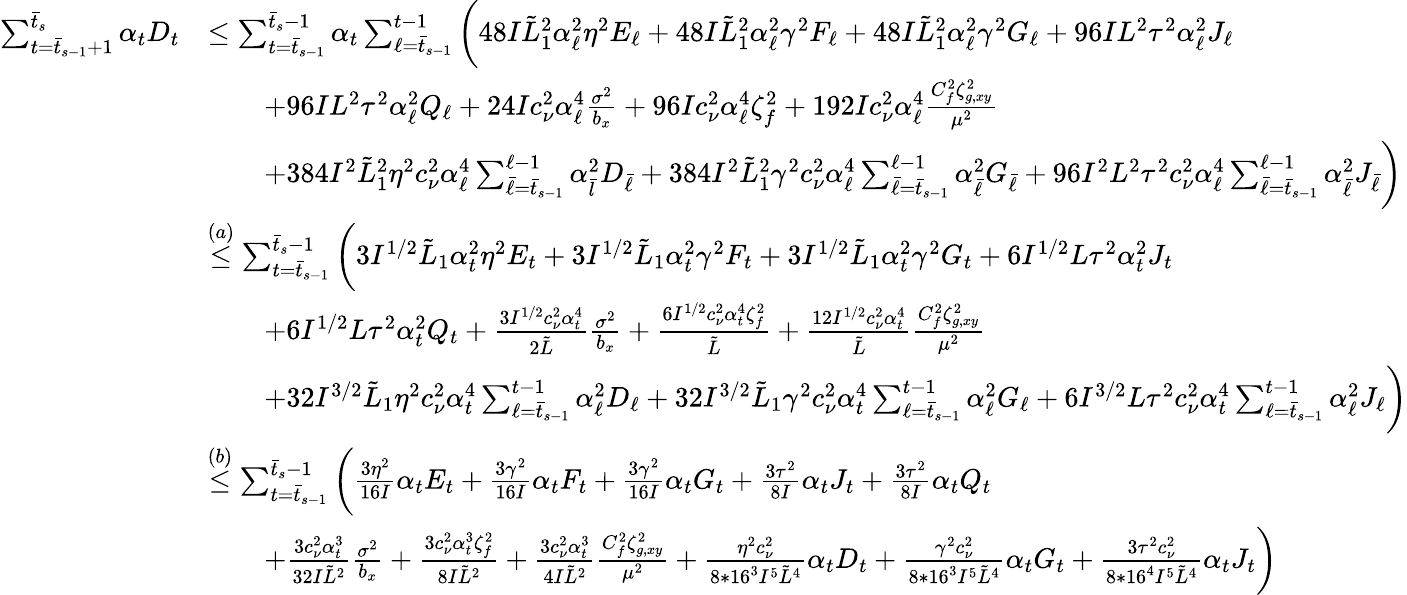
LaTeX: \begin{array}{rl}{\sum_{t=\bar{t}_{s-1}+1}^{\bar{t}_{s}}\alpha_{t}D_{t}}&{\leq\sum_{t=\bar{t}_{s-1}}^{\bar{t}_{s}-1}\alpha_{t}\sum_{\ell=\bar{t}_{s-1}}^{t-1}\bigg(48I\tilde{L}_{1}^{2}\alpha_{\ell}^{2}\eta^{2}E_{\ell}+48I\tilde{L}_{1}^{2}\alpha_{\ell}^{2}\gamma^{2}F_{\ell}+48I\tilde{L}_{1}^{2}\alpha_{\ell}^{2}\gamma^{2}G_{\ell}+96IL^{2}\tau^{2}\alpha_{\ell}^{2}J_{\ell}}\\ &{\qquad+96IL^{2}\tau^{2}\alpha_{\ell}^{2}Q_{\ell}+24Ic_{\nu}^{2}\alpha_{\ell}^{4}\frac{\sigma^{2}}{b_{x}}+96Ic_{\nu}^{2}\alpha_{\ell}^{4}\zeta_{f}^{2}+192Ic_{\nu}^{2}\alpha_{\ell}^{4}\frac{C_{f}^{2}\zeta_{g,xy}^{2}}{\mu^{2}}}\\ &{\qquad+384I^{2}\tilde{L}_{1}^{2}\eta^{2}c_{\nu}^{2}\alpha_{\ell}^{4}\sum_{\bar{\ell}=\bar{t}_{s-1}}^{\ell-1}\alpha_{\bar{l}}^{2}D_{\bar{\ell}}+384I^{2}\tilde{L}_{1}^{2}\gamma^{2}c_{\nu}^{2}\alpha_{\ell}^{4}\sum_{\bar{\ell}=\bar{t}_{s-1}}^{\ell-1}\alpha_{\bar{\ell}}^{2}G_{\bar{\ell}}+96I^{2}L^{2}\tau^{2}c_{\nu}^{2}\alpha_{\ell}^{4}\sum_{\bar{\ell}=\bar{t}_{s-1}}^{\ell-1}\alpha_{\bar{\ell}}^{2}J_{\bar{\ell}}\bigg)}\\ &{\overset{(a)}{\leq}\sum_{t=\bar{t}_{s-1}}^{\bar{t}_{s}-1}\bigg(3I^{1/2}\tilde{L}_{1}\alpha_{t}^{2}\eta^{2}E_{t}+3I^{1/2}\tilde{L}_{1}\alpha_{t}^{2}\gamma^{2}F_{t}+3I^{1/2}\tilde{L}_{1}\alpha_{t}^{2}\gamma^{2}G_{t}+6I^{1/2}L\tau^{2}\alpha_{t}^{2}J_{t}}\\ &{\qquad+6I^{1/2}L\tau^{2}\alpha_{t}^{2}Q_{t}+\frac{3I^{1/2}c_{\nu}^{2}\alpha_{t}^{4}}{2\tilde{L}}\frac{\sigma^{2}}{b_{x}}+\frac{6I^{1/2}c_{\nu}^{2}\alpha_{t}^{4}\zeta_{f}^{2}}{\tilde{L}}+\frac{12I^{1/2}c_{\nu}^{2}\alpha_{t}^{4}}{\tilde{L}}\frac{C_{f}^{2}\zeta_{g,xy}^{2}}{\mu^{2}}}\\ &{\qquad+32I^{3/2}\tilde{L}_{1}\eta^{2}c_{\nu}^{2}\alpha_{t}^{4}\sum_{\ell=\bar{t}_{s-1}}^{t-1}\alpha_{\ell}^{2}D_{\ell}+32I^{3/2}\tilde{L}_{1}\gamma^{2}c_{\nu}^{2}\alpha_{t}^{4}\sum_{\ell=\bar{t}_{s-1}}^{t-1}\alpha_{\ell}^{2}G_{\ell}+6I^{3/2}L\tau^{2}c_{\nu}^{2}\alpha_{t}^{4}\sum_{\ell=\bar{t}_{s-1}}^{t-1}\alpha_{\ell}^{2}J_{\ell}\bigg)}\\ &{\overset{(b)}{\leq}\sum_{t=\bar{t}_{s-1}}^{\bar{t}_{s}-1}\bigg(\frac{3\eta^{2}}{16I}\alpha_{t}E_{t}+\frac{3\gamma^{2}}{16I}\alpha_{t}F_{t}+\frac{3\gamma^{2}}{16I}\alpha_{t}G_{t}+\frac{3\tau^{2}}{8I}\alpha_{t}J_{t}+\frac{3\tau^{2}}{8I}\alpha_{t}Q_{t}}\\ &{\qquad+\frac{3c_{\nu}^{2}\alpha_{t}^{3}}{32I\tilde{L}^{2}}\frac{\sigma^{2}}{b_{x}}+\frac{3c_{\nu}^{2}\alpha_{t}^{3}\zeta_{f}^{2}}{8I\tilde{L}^{2}}+\frac{3c_{\nu}^{2}\alpha_{t}^{3}}{4I\tilde{L}^{2}}\frac{C_{f}^{2}\zeta_{g,xy}^{2}}{\mu^{2}}+\frac{\eta^{2}c_{\nu}^{2}}{8*16^{3}I^{5}\tilde{L}^{4}}\alpha_{t}D_{t}+\frac{\gamma^{2}c_{\nu}^{2}}{8*16^{3}I^{5}\tilde{L}^{4}}\alpha_{t}G_{t}+\frac{3\tau^{2}c_{\nu}^{2}}{8*16^{4}I^{5}\tilde{L}^{4}}\alpha_{t}J_{t}\bigg)}\end{array}